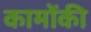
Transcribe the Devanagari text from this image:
कामोंकी